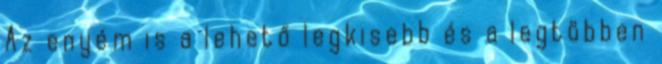
Az enyém is a lehető legkisebb és a legtöbben